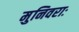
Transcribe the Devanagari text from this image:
मुनिवराः